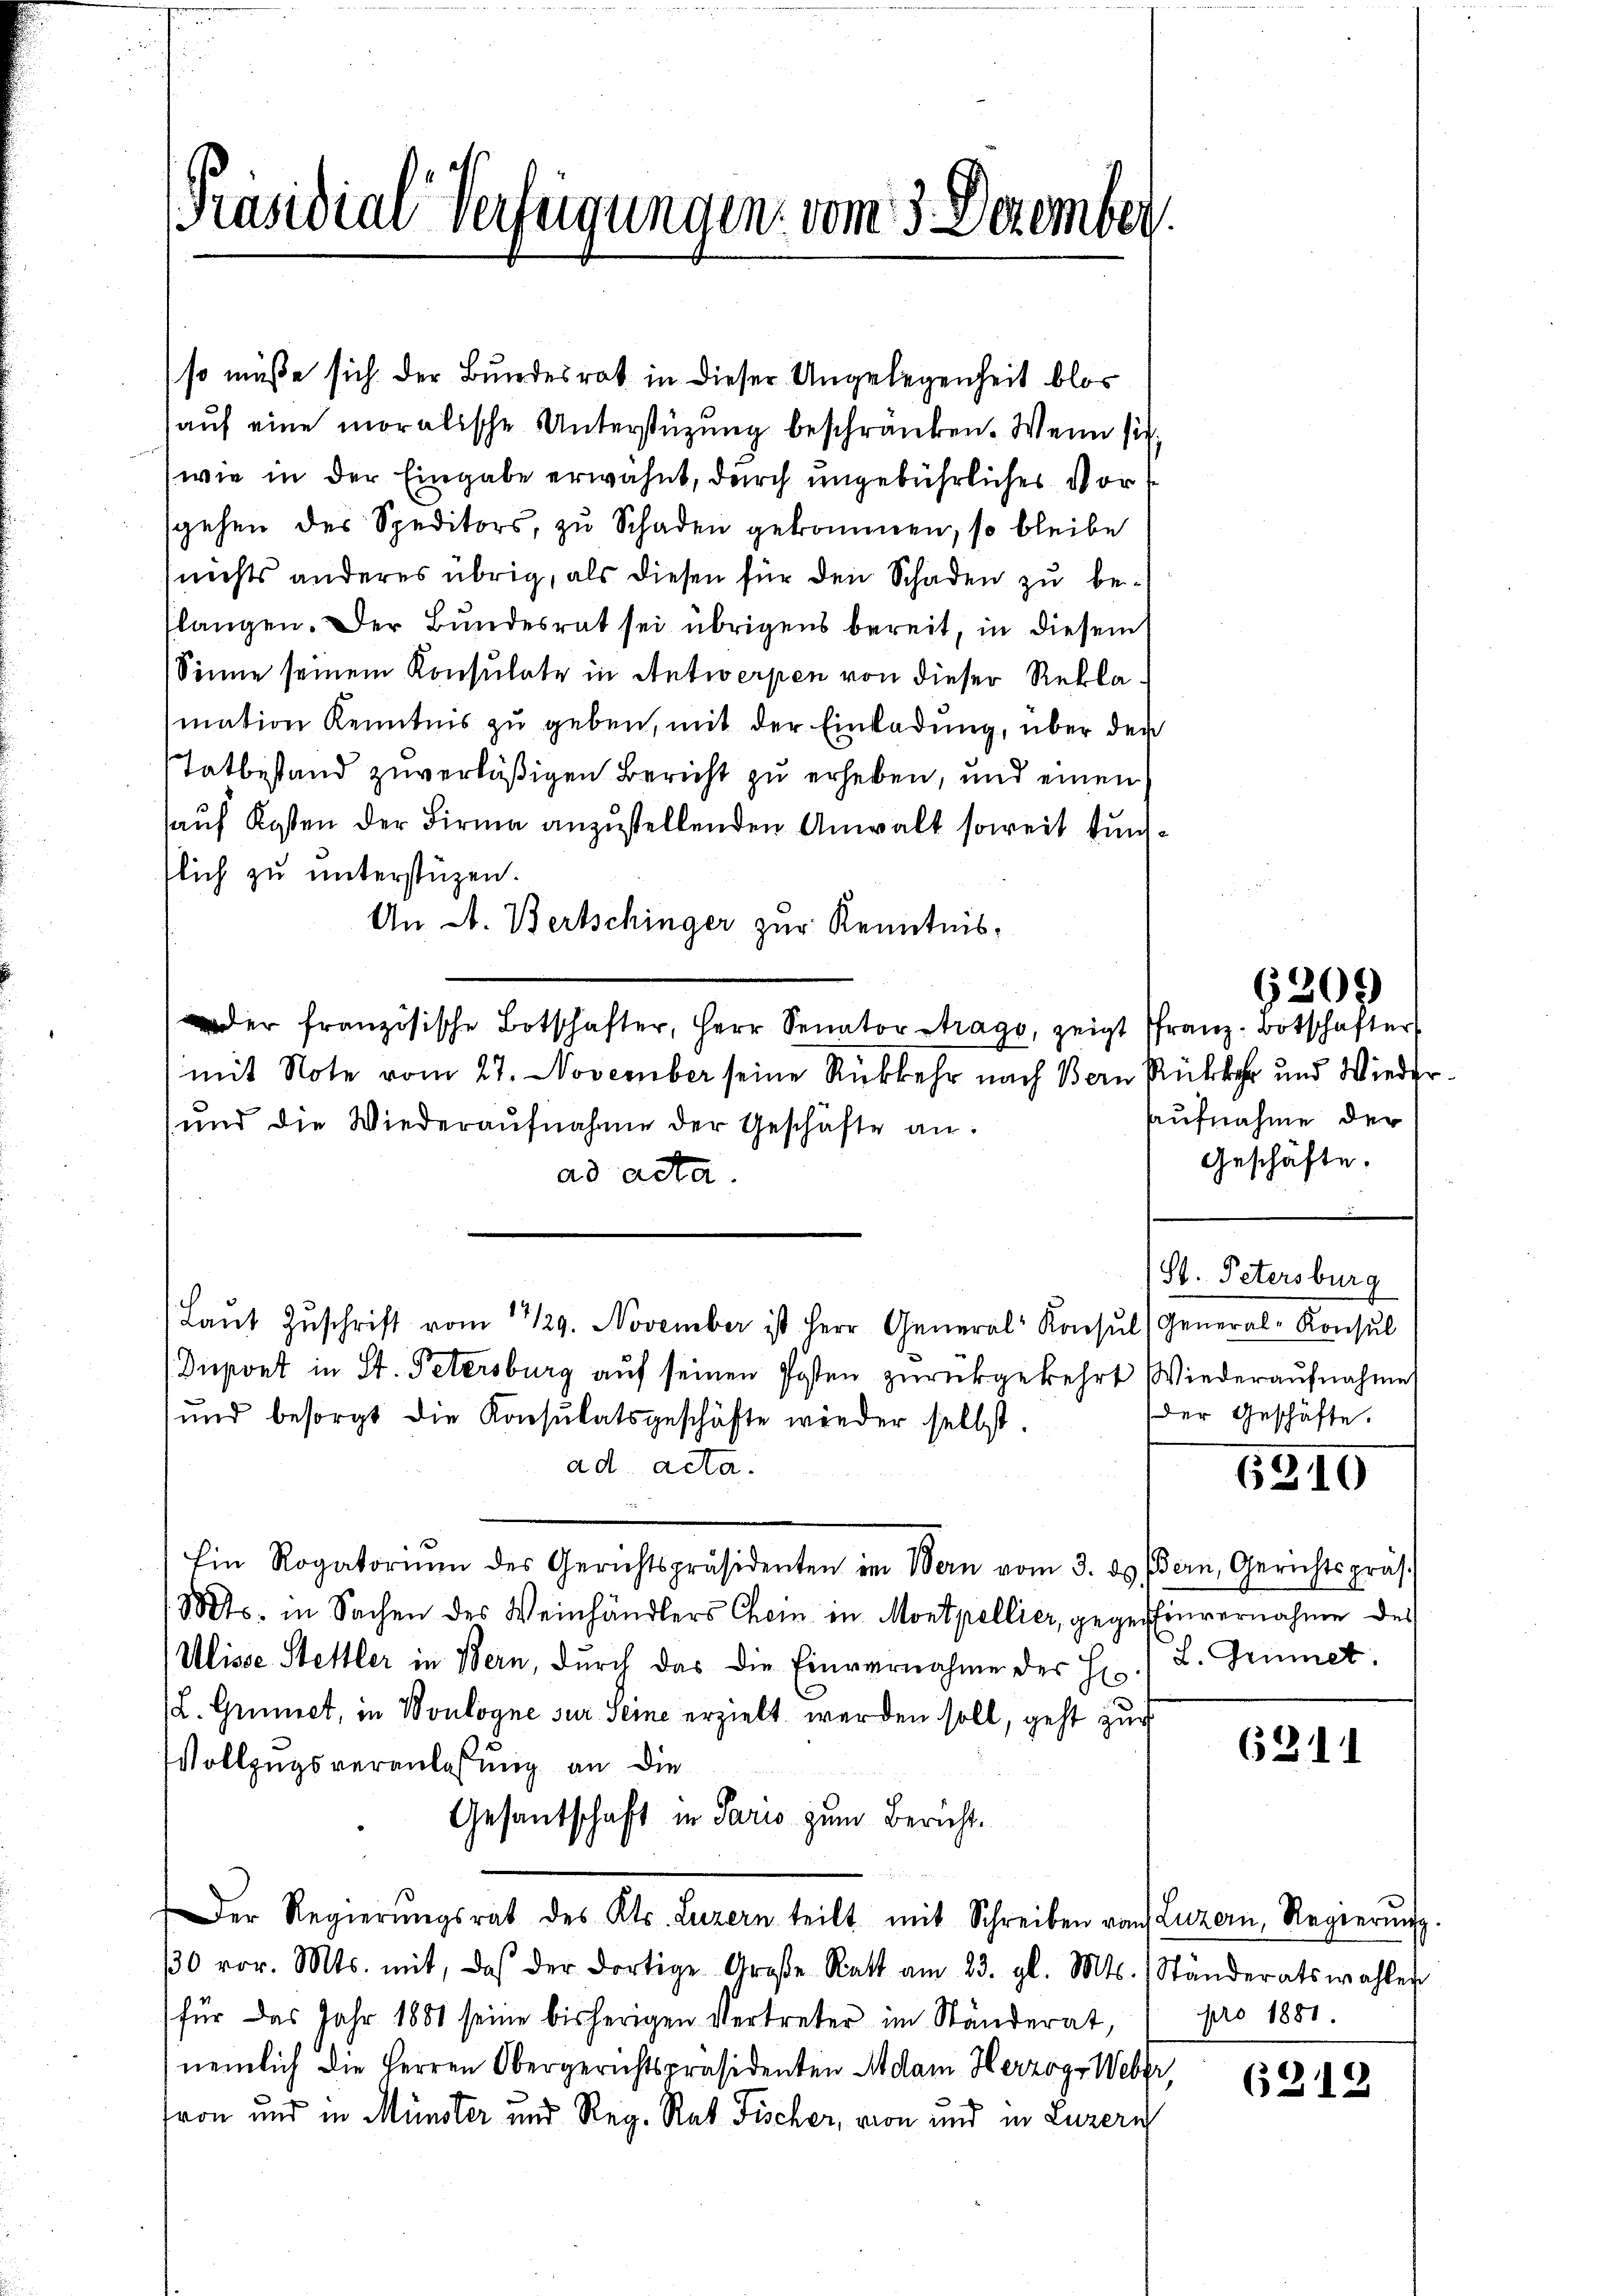
Präsidial-Verfügungen vom 3. Dezembe

so müße sich der Bundesrat in dieser Ungelegenheit blos
aŭf eine moralische Unterstüzung beschränken. Wenn sich
wie in der Eingabe erwähnt, durch ungebührliches Vorgehen des Speditors, zu Schaden gekommen, so bleibe
(nichts anderes übrig, als diesen für den Schaden zu beslangen. Der Bundesrat sei übrigens bereit, in diesem
Sinne seinem Konsulate in Antwerpen von dieser Reklamation Kenntnis zu geben, mit der Einladung, über den
Tatbestand zuverläßigen Bericht zu erheben, und einen
auf Kosten der Firma anzustellenden Anwalt soweit tunsslich zu unterstüzen.
An A. Bertschinger zur Kenntnisder französische Botschafter, Herr Senator Strage, zeigt franz-Botschafter
mit Note vom 27. November seine Rückkehr nach Bern Rückkehr und Wieder¬
(und die Wiederaŭfnahme der Geschäfte an.
ad acta.
Laŭt Zŭschrift vom 14/29. November ist Herr General Konsŭl) General-Konsul
Dupont in St. Petersburg auf seinen Posten zurückgekehrt Wiederaufnahme
und besorgt die Konsulatsgeschäfte wieder selbst.
ad acta.
Ein Rogatorium des Gerichtspräsidenten im Bern vom 3. 89. Bern, Gerichtspräs
1Mts. in Sachen des Weinhändlers Chein in Montpellier, gegen Einvernahme des
Ulisse Stettler in Bern, durch das die Einvernahme der H. L. Gemmet,
L. Grünet, in Boulogne sur. Seine erzielt werden soll, geht zur
Vollzugsveranlassung an die
Gesantschaft in Paris zum Bericht.
Der Regierŭngsrat des Kts. Luzern teilt mit Schreiben von Luzern, Regierŭng.
30 vor. Mts. mit, daß der dortige Große Rath am 23. gl. Mts. Ständeratswahles
für das Jahr 1881 seine bisherigen Vertreter im Ständerat,
nemlich die Herren Obergerichtspräsidenten Adam Herzogs Weber,
von und in Münster und Reg. Rat Fischer, von und in Luzern

6309

Aufnahme der
Geschäfte.

(St. Petersburg
der Geschäfte.

6210

62

pro 1881.

6318